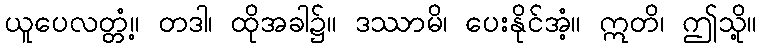
ယူပေလတ္တံ့။ တဒါ၊ ထိုအခါ၌။ ဒဿာမိ၊ ပေးနိုင်အံ့။ ဣတိ၊ ဤသို့။